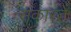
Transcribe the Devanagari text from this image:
सकारते